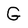
Character: G